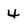
Character: 4